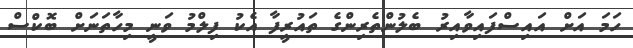
ހަމަ އަށް އައިސްފައިވާއިރު ބެލުންތެރިންގެ ތައުރީފާ އެކު ފިލްމު ވަނީ މިހާތަނަށް ބޮކްސް